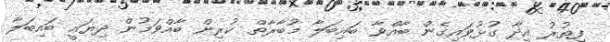
ފިތުރު އީދާ ގުޅުވައިގެން ބާއްވާ ބައިބަލާ މުބާރާތް ކުރިން ބާއްވަމުން ދިޔައީ ބައިބަލާ